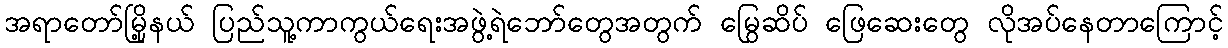
အရာတော်မြို့နယ် ပြည်သူ့ကာကွယ်ရေးအဖွဲ့ရဲဘော်တွေအတွက် မြွေဆိပ် ဖြေဆေးတွေ လိုအပ်နေတာကြောင့်